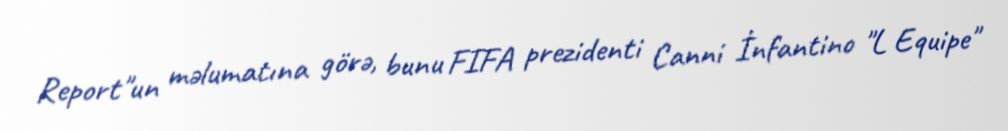
Report"un məlumatına görə, bunu FIFA prezidenti Canni İnfantino "L Equipe"